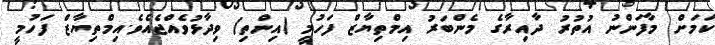
ކަމަށް މާފަންނު އުތުރު ދާއިރާގެ މެންބަރު އިމްތިޔާޒް ފަހުމީ (އިންތި) ވިދާޅުވެއްޖެއެވެ.އިމްތިޔާޒް ފަހުމީ